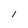
Character: I